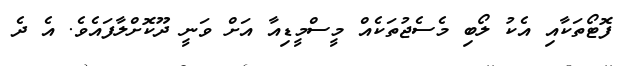
ފޮޓޯތަކާއި އެކު ލޯބި މެސެޖުތަކެއް މީސްމީޑިއާ އަށް ވަނީ ދޫކޮށްލާފައެވެ. އެ ދެ